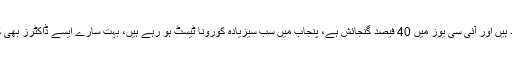
صوبائی وزیر صحت کا کہنا تھا کہ اسپتالوں میں وینٹی لیٹرز اور بیڈز موجود ہیں اور آئی سی یوز میں 40 فیصد گنجائش ہے، پنجاب میں سب سیزیادہ کورونا ٹیسٹ ہو رہے ہیں، بہت سارے ایسے ڈاکٹرز بھی کورونا سے متاثر ہوئے ہیں جو کورونا مریضوں کا علاج نہیں کررہے تھے۔